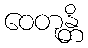
ဝေတုန္တိ